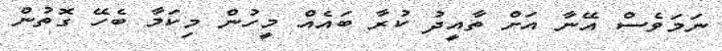
ނަމަވެސް އޭނާ އަށް ތާއީދު ކުރާ ބައެއް މީހުން މިކަމާ ބެހޭ ގޮތުން